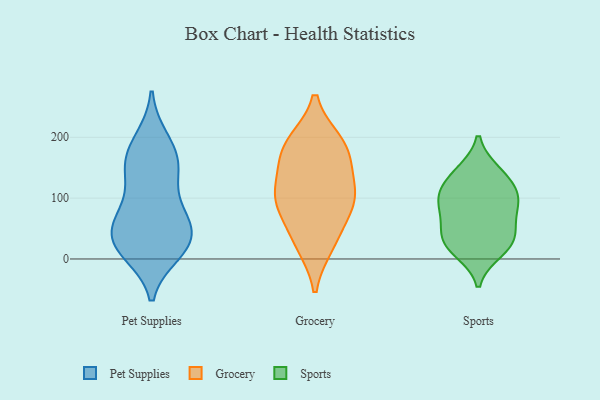
{"axis": {"x": "Latency (ms)", "y": "Value"}, "legend": ["Grocery", "Pet Supplies", "Sports"], "data": [{"x": "", "y": 187, "type": "Pet Supplies"}, {"x": "", "y": 74, "type": "Pet Supplies"}, {"x": "", "y": 152, "type": "Pet Supplies"}, {"x": "", "y": 154, "type": "Pet Supplies"}, {"x": "", "y": 24, "type": "Pet Supplies"}, {"x": "", "y": 22, "type": "Pet Supplies"}, {"x": "", "y": 77, "type": "Pet Supplies"}, {"x": "", "y": 19, "type": "Pet Supplies"}, {"x": "", "y": 155, "type": "Pet Supplies"}, {"x": "", "y": 135, "type": "Pet Supplies"}, {"x": "", "y": 23, "type": "Pet Supplies"}, {"x": "", "y": 73, "type": "Pet Supplies"}, {"x": "", "y": 11, "type": "Pet Supplies"}, {"x": "", "y": 51, "type": "Pet Supplies"}, {"x": "", "y": 49, "type": "Pet Supplies"}, {"x": "", "y": 196, "type": "Pet Supplies"}, {"x": "", "y": 100, "type": "Grocery"}, {"x": "", "y": 152, "type": "Grocery"}, {"x": "", "y": 96, "type": "Grocery"}, {"x": "", "y": 97, "type": "Grocery"}, {"x": "", "y": 25, "type": "Grocery"}, {"x": "", "y": 34, "type": "Grocery"}, {"x": "", "y": 190, "type": "Grocery"}, {"x": "", "y": 102, "type": "Grocery"}, {"x": "", "y": 186, "type": "Grocery"}, {"x": "", "y": 177, "type": "Grocery"}, {"x": "", "y": 53, "type": "Sports"}, {"x": "", "y": 113, "type": "Sports"}, {"x": "", "y": 32, "type": "Sports"}, {"x": "", "y": 21, "type": "Sports"}, {"x": "", "y": 78, "type": "Sports"}, {"x": "", "y": 143, "type": "Sports"}, {"x": "", "y": 86, "type": "Sports"}, {"x": "", "y": 140, "type": "Sports"}, {"x": "", "y": 35, "type": "Sports"}, {"x": "", "y": 13, "type": "Sports"}, {"x": "", "y": 107, "type": "Sports"}, {"x": "", "y": 100, "type": "Sports"}]}